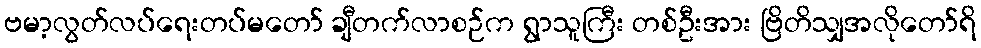
ဗမာ့လွတ်လပ်ရေးတပ်မတော် ချီတက်လာစဉ်က ရွာသူကြီး တစ်ဦးအား ဗြိတိသျှအလိုတော်ရိ